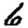
Digit: 6